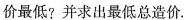
价最低?并求出最低总造价。